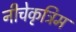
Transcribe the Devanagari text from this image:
नीचेकृत्रिम